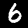
Label: 6